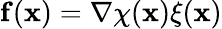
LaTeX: \mathbf{f}(\mathbf{x})=\nabla\chi(\mathbf{x})\xi(\mathbf{x})